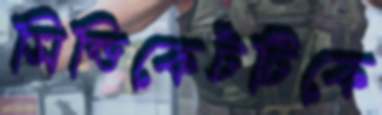
সিন্ডিকেটটিকে